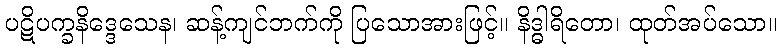
ပဋိပက္ခနိဒ္ဒေသေန၊ ဆန့်ကျင်ဘက်ကို ပြသောအားဖြင့်။ နိဒ္ဓါရိတော၊ ထုတ်အပ်သော။